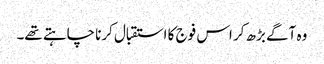
وہ آگے بڑھ کر اس فوج کا استقبال کرنا چاہتے تھے۔